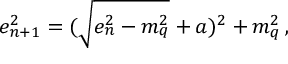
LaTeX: e _ { n + 1 } ^ { 2 } = ( \sqrt { e _ { n } ^ { 2 } - m _ { q } ^ { 2 } } + a ) ^ { 2 } + m _ { q } ^ { 2 } \, ,